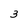
Character: 3